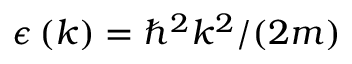
\epsilon \left( k \right) = \hbar ^ { 2 } k ^ { 2 } / ( 2 m )